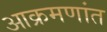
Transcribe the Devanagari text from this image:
आक्रमणांत